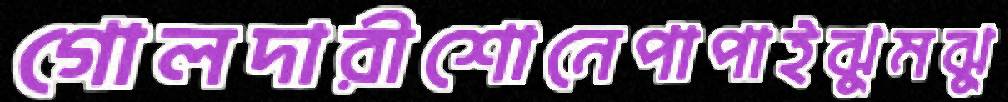
গোলদারীশোনেপাপাইঝুমঝু